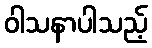
ဝါသနာပါသည့်